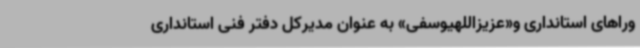
وراهای استانداری و«عزیزاللهیوسفی» به عنوان مدیرکل دفتر فنی استانداری